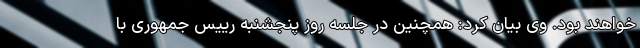
خواهند بود. وی بیان کرد: همچنین در جلسه روز پنجشنبه رییس جمهوری با